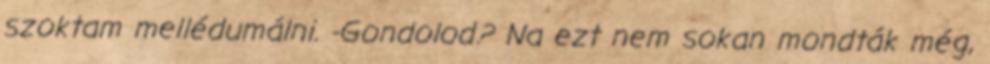
szoktam mellédumálni. -Gondolod? Na ezt nem sokan mondták még,